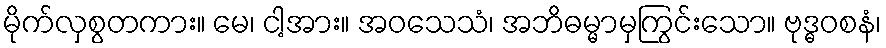
မိုက်လှစွတကား။ မေ၊ ငါ့အား။ အဝသေသံ၊ အဘိဓမ္မာမှကြွင်းသော။ ဗုဒ္ဓဝစနံ၊